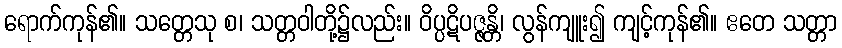
ရောက်ကုန်၏။ သတ္တေသု စ၊ သတ္တဝါတို့၌လည်း။ ဝိပ္ပဋိပဇ္ဇန္တိ၊ လွန်ကျူး၍ ကျင့်ကုန်၏။ ဧတေ သတ္တာ